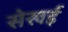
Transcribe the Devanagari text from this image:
सेखई